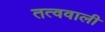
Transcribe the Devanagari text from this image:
तत्ववाली